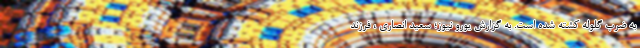
به ضرب گلوله کشته شده است. به گزارش یورو نیوز؛ سعید انصاری ، فرزند